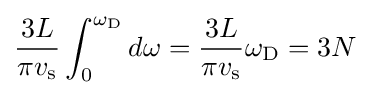
{\frac {3L}{\pi v_{\rm {s}}}}\int _{0}^{\omega _{\rm {D}}}d\omega ={\frac {3L}{\pi v_{\rm {s}}}}\omega _{\rm {D}}=3N